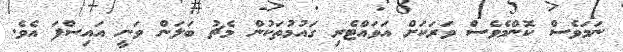
ނަމަވެސް ކޮންމެވެސް ވަރަކަށް އަވައްޓެރި ގައުމުތަކުން މެޗު ބަލަން ވަނީ އައިސްފަ އެވެ.